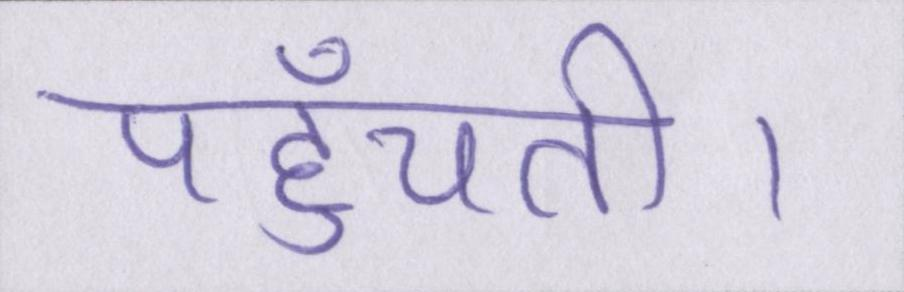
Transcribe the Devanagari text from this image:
पहुँचती।